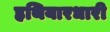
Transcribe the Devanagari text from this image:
हथियारधारी